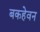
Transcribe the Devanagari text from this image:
बकहेवन